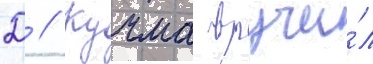
Д // Кучма вручи́л